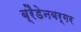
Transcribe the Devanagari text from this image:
ब्रैडेनबर्गर